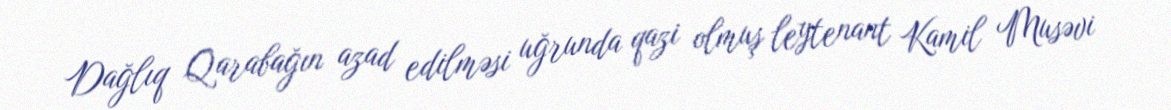
Dağlıq Qarabağın azad edilməsi uğrunda qazi olmuş leytenant Kamil Musəvi